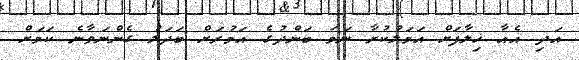
އަދި އެއާ ޚިލާފަށް އަމަލުކުރާ ނަމަ ބަންދުގެ އަމުރަށް ބަދަލު ގެންނަވާނެ ކަމަށް